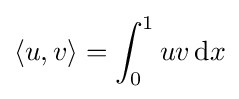
\langle u,v\rangle =\int _{0}^{1}uv\,\mathrm {d} x